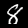
Label: 8